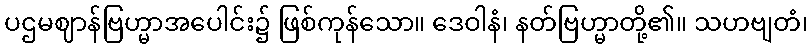
ပဌမဈာန်ဗြဟ္မာအပေါင်း၌ ဖြစ်ကုန်သော။ ဒေဝါနံ၊ နတ်ဗြဟ္မာတို့၏။ သဟဗျတံ၊